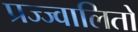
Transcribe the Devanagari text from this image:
प्रज्ज्वालितो